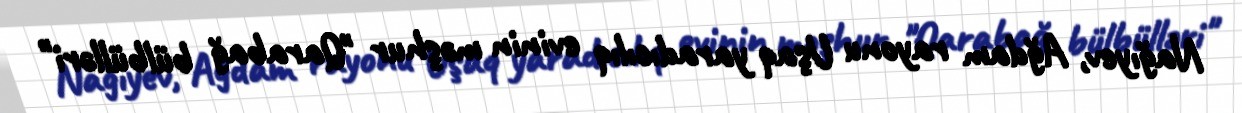
Nağıyev, Ağdam rayonu Uşaq yaradıcılıq evinin məşhur "Qarabağ bülbülləri"